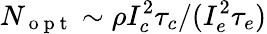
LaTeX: N_{\mathrm{~o~p~t~}}\sim\rho I_{c}^{2}\tau_{c}/(I_{e}^{2}\tau_{e})